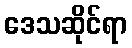
ဒေသဆိုင်ရာ